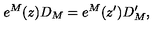
e ^ { M } ( z ) D _ { M } = e ^ { M } ( z ^ { \prime } ) D _ { M } ^ { \prime } ,